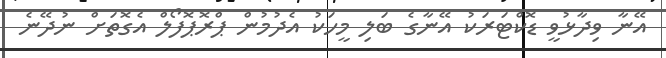
އޭނާ ވިދާޅުވީ ޑޮކްޓަރަކު އޭނާގެ ބަލި މީހަކު އެދުމުން ޕްރޮޕޮފޯލް އެގޮތަށް ނުދޭނެ